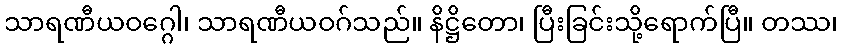
သာရဏီယဝဂ္ဂေါ၊ သာရဏီယဝဂ်သည်။ နိဋ္ဌိတော၊ ပြီးခြင်းသို့ရောက်ပြီ။ တဿ၊